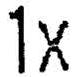
1X